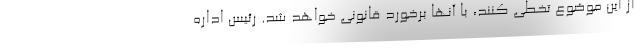
از این موضوع تخطی کنند، با آنها برخورد قانونی خواهد شد. رئیس اداره